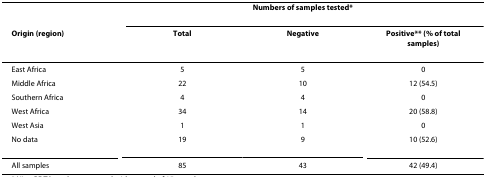
|  | <COLSPAN=3> Numbers of samples tested* |
 | Origin (region) | Total | Negative | Positive** (% of total samples) |
 | --- | --- | --- | --- |
 | East Africa | 5 | 5 | 0 |
 | Middle Africa | 22 | 10 | 12 (54.5) |
 | Southern Africa | 4 | 4 | 0 |
 | West Africa | 34 | 14 | 20 (58.8) |
 | West Asia | 1 | 1 | 0 |
 | No data | 19 | 9 | 10 (52.6) |
 | All samples | 85 | 43 | 42 (49.4) |